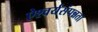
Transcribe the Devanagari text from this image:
ऐश्वर्यसंपन्नता